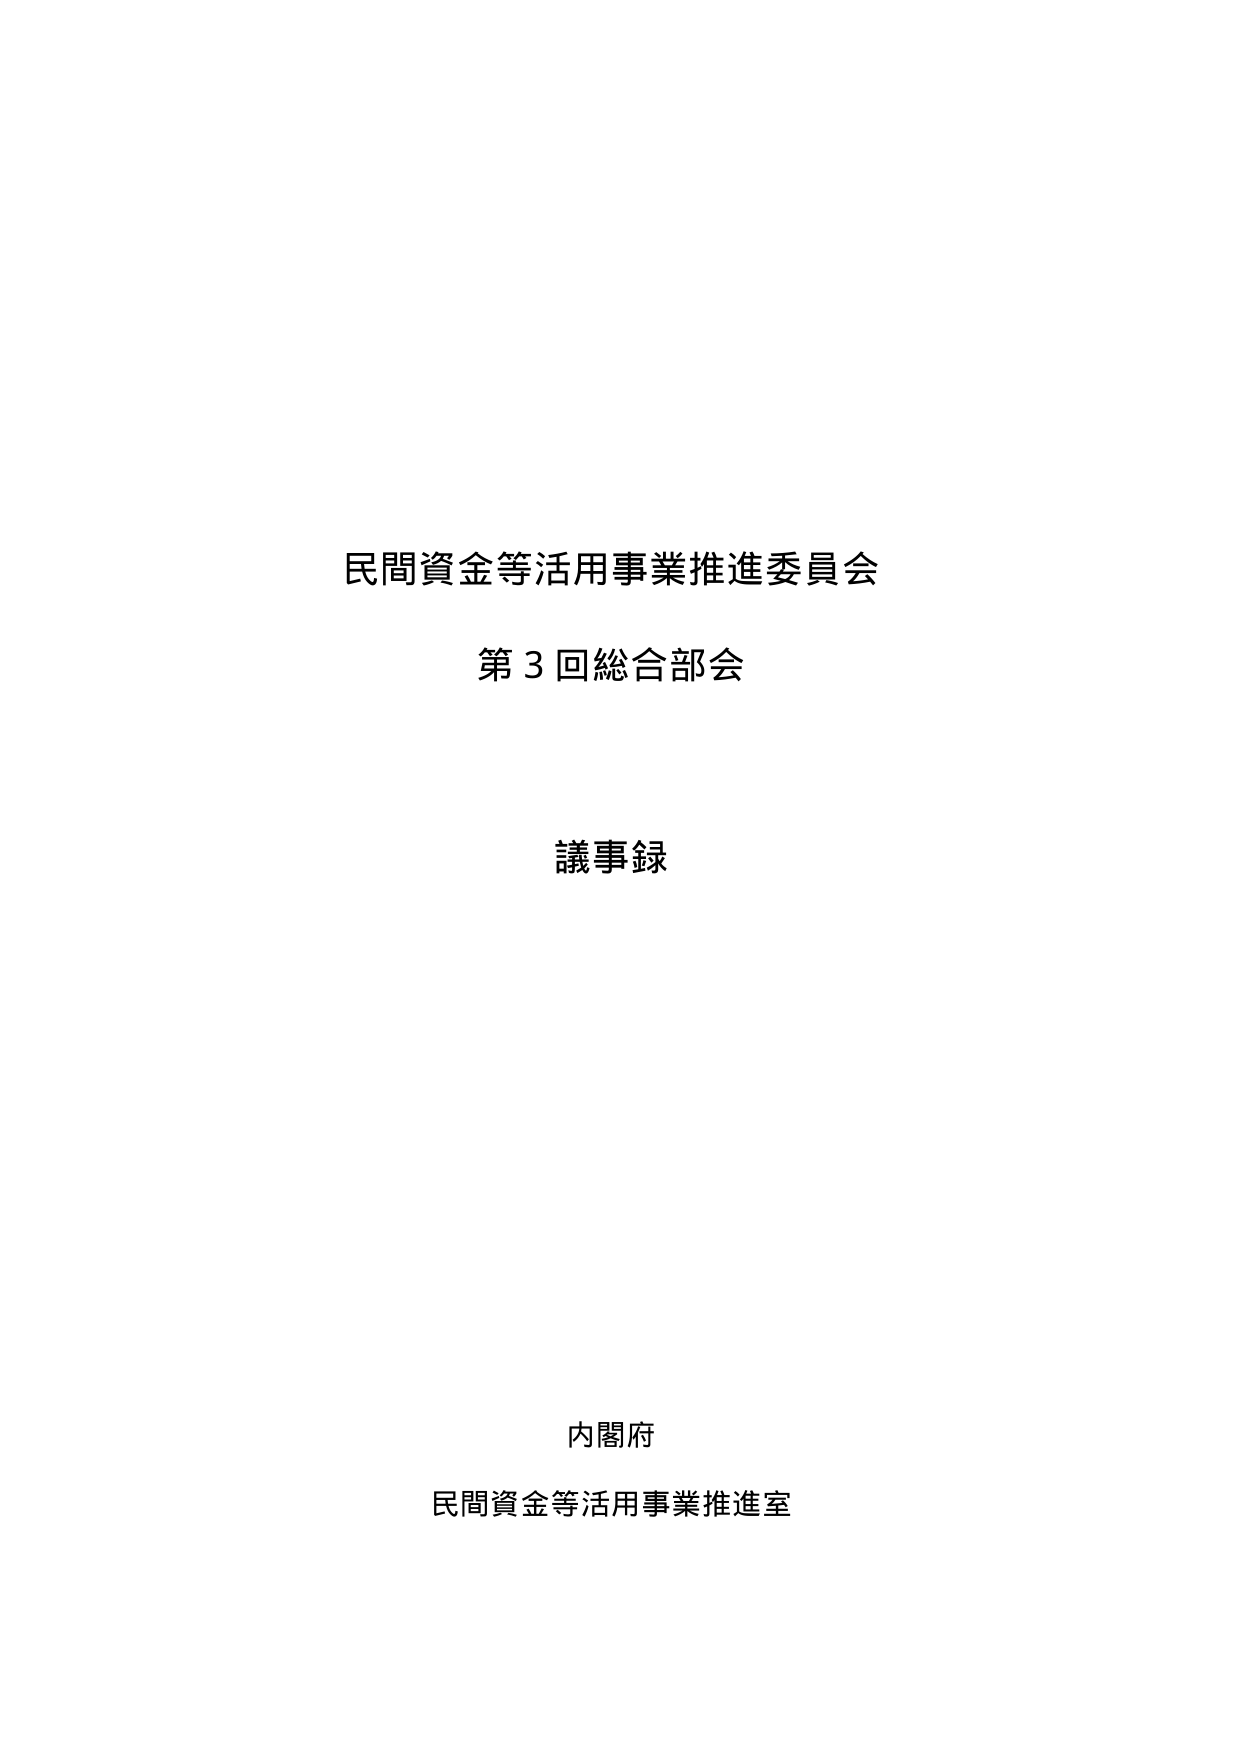
民間資金等活用事業推進委員会
第3回総合部会
議事録

内閣府
民間資金等活用事業推進室